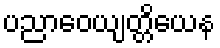
ပညာဝေယျတ္တိယေန